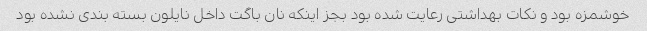
خوشمزه بود و نکات بهداشتی رعایت شده بود بجز اینکه نان باگت داخل نایلون بسته بندی نشده بود